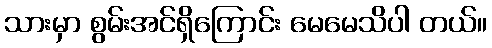
သားမှာ စွမ်းအင်ရှိကြောင်း မေမေသိပါ တယ်။